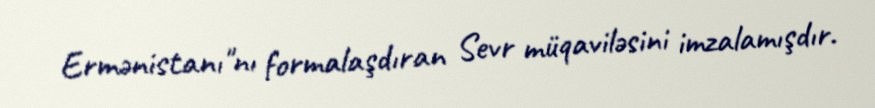
Ermənistanı"nı formalaşdıran Sevr müqaviləsini imzalamışdır.